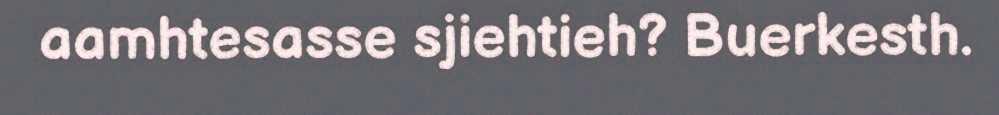
aamhtesasse sjiehtieh? Buerkesth.